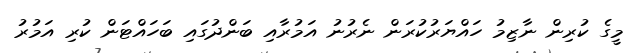
މީގެ ކުރިން ނާޒިމު ހައްޔަރުކުރަން ނެރުނު އަމުރާއި ބަންދުގައި ބަހައްޓަން ކުރި އަމުރު